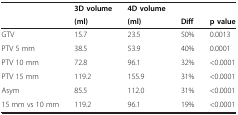
<table><thead><tr><td></td><td><b>3D volume</b></td><td><b>4D volume</b></td><td></td><td></td></tr><tr><td></td><td><b>(ml)</b></td><td><b>(ml)</b></td><td><b>Diff</b></td><td><b>p value</b></td></tr></thead><tbody><tr><td>GTV</td><td>15.7</td><td>23.5</td><td>50%</td><td>0.0013</td></tr><tr><td>PTV 5 mm</td><td>38.5</td><td>53.9</td><td>40%</td><td>0.0001</td></tr><tr><td>PTV 10 mm</td><td>72.8</td><td>96.1</td><td>32%</td><td>&lt;0.0001</td></tr><tr><td>PTV 15 mm</td><td>119.2</td><td>155.9</td><td>31%</td><td>&lt;0.0001</td></tr><tr><td>Asym</td><td>85.5</td><td>112.0</td><td>31%</td><td>&lt;0.0001</td></tr><tr><td>15 mm vs 10 mm</td><td>119.2</td><td>96.1</td><td>19%</td><td>&lt;0.0001</td></tr></tbody></table>